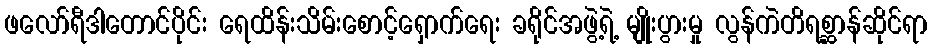
ဖလော်ရီဒါတောင်ပိုင်း ရေထိန်းသိမ်းစောင့်ရှောက်ရေး ခရိုင်အဖွဲ့ရဲ့ မျိုးပွားမှု လွန်ကဲတိရစ္ဆာန်ဆိုင်ရာ